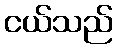
ငယ်သည်